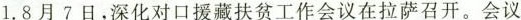
1.8月7日，深化对口援藏扶贫工作会议在拉萨召开。会议